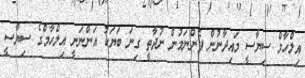
އިލްހާމް ސިޔާސީ މައިދާނުން ފެންނަމުން ނުދާތީ ގިނަ ބަޔަކު އަންނަނީ އިލްހާމްގެ ސިޔާސީ